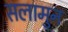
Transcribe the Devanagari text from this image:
सलामुन